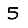
Digit: 5